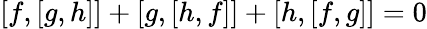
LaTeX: [f,[g,h]]+[g,[h,f]]+[h,[f,g]]=0